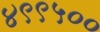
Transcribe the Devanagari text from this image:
४९९५००